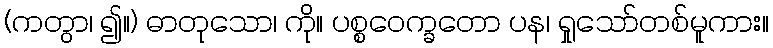
(ကတွာ၊ ၍။) ဓာတုသော၊ ကို။ ပစ္စဝေက္ခတော ပန၊ ရှုသော်တစ်မူကား။